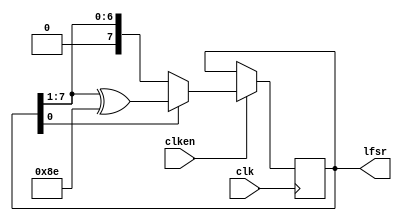
//10kbps
//module LFSR(
//	input clk, en,
//	output reg out
//);
//initial out = 'b0;
//always@(posedge clk)begin
//	if(en) out <= ~out;
//
//end
//
//
//
//
//
//endmodule 
//
//

//W is the highest pow 
//MASK :  its LSB is not cared 
module LFSR#( parameter W = 8, parameter [W:0] MASK = 32'h11c //, parameter WO = W
)(
	input clk, clken,
	output reg [W - 1 : 0] lfsr
);
	initial lfsr = 'b1;

	always@(posedge clk)begin
		if(clken)begin
			if(lfsr[0]) lfsr <= (lfsr >> 1) ^ (MASK >> 1);
			else lfsr <= (lfsr >> 1);
		end
	end
endmodule